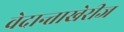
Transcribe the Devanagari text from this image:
वेदान्ताखेरीज